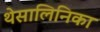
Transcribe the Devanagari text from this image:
थेसालिनिका